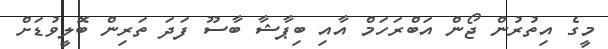
މީގެ އިތުރުން ޖޯން އަބްރަހަމް އާއި ބިޕާޝާ ބާސޫ ފަދަ ތަރިން ބޮލީވުޑަށް